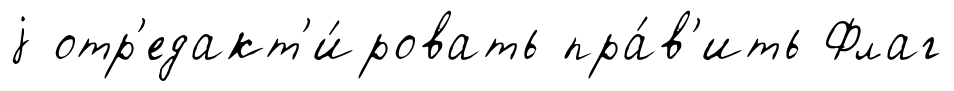
j отр'едакт'и́ровать пра́в'ить Флаг